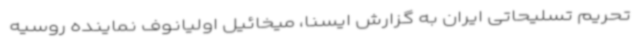
تحریم تسلیحاتی ایران به گزارش ایسنا، میخائیل اولیانوف نماینده روسیه